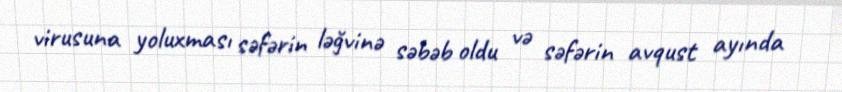
virusuna yoluxması səfərin ləğvinə səbəb oldu və səfərin avqust ayında